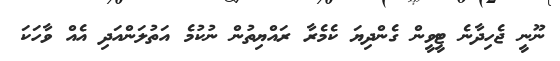
ނޫނީ ޖެހިދާނެ ޓީވީން ގެންދިޔަ ކެމެރާ ރައްޔިތުން ނުކުމެ އަތުލަންއަދި އެއް ވާހަކަ